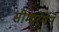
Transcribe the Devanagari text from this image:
सीमारेषेने